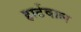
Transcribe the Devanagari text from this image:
हार्टवाल